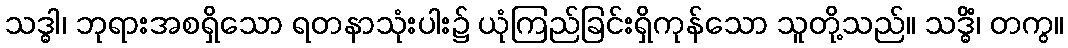
သဒ္ဓါ၊ ဘုရားအစရှိသော ရတနာသုံးပါး၌ ယုံကြည်ခြင်းရှိကုန်သော သူတို့သည်။ သဒ္ဓိံ၊ တကွ။